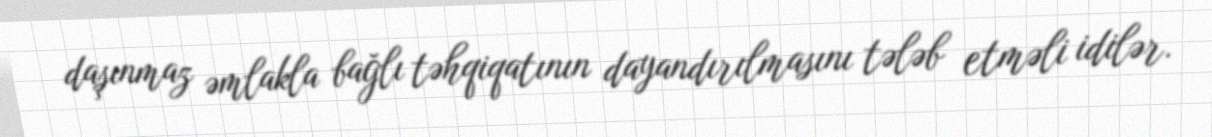
daşınmaz əmlakla bağlı təhqiqatının dayandırılmasını tələb etməli idilər.